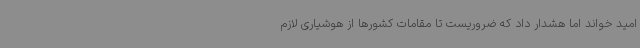
امید خواند اما هشدار داد که ضروریست تا مقامات کشورها از هوشیاری لازم